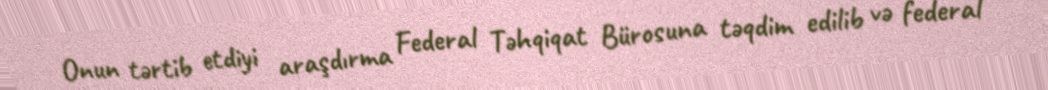
Onun tərtib etdiyi araşdırma Federal Təhqiqat Bürosuna təqdim edilib və federal